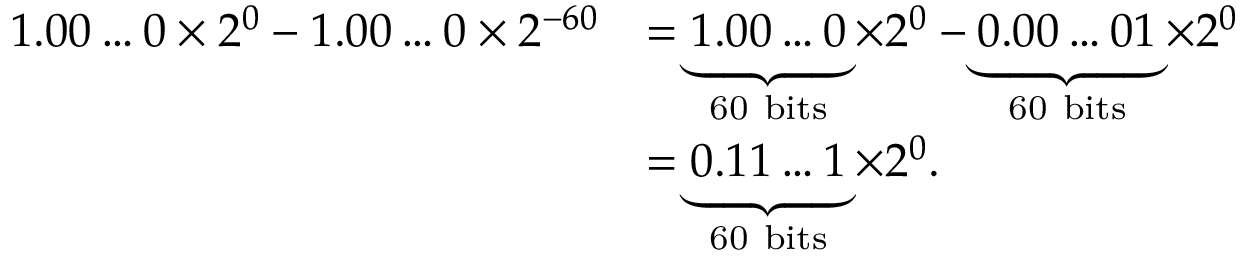
{ \begin{array} { r l } { 1 . 0 0 \ldots 0 \times 2 ^ { 0 } - 1 . 0 0 \ldots 0 \times 2 ^ { - 6 0 } } & { = \underbrace { 1 . 0 0 \ldots 0 } _ { \mathrm { 6 0 ~ b i t s } } \times 2 ^ { 0 } - \underbrace { 0 . 0 0 \ldots 0 1 } _ { \mathrm { 6 0 ~ b i t s } } \times 2 ^ { 0 } } \\ & { = \underbrace { 0 . 1 1 \ldots 1 } _ { \mathrm { 6 0 ~ b i t s } } \times 2 ^ { 0 } . } \end{array} }